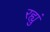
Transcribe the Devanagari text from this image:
रह्युं